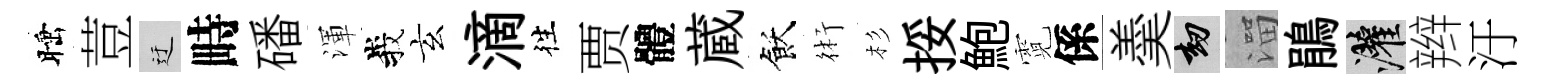
睡荳迂畤磻渾峩玄滴徃贾體蔵飫術杉挼鮑霓係羮劫溜鵑灌辫汙